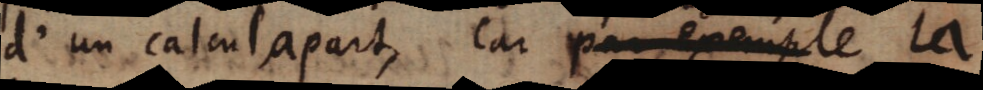
d’un calcul apart, car par exemple la